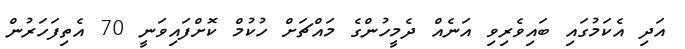
އަދި އެކަމުގައި ބައިވެރިވި އަނެއް ދެމީހުންގެ މައްޗަށް ހުކުމް ކޮށްފައިވަނީ 70 އެތިފަހަރުން